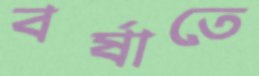
বর্ষাতে